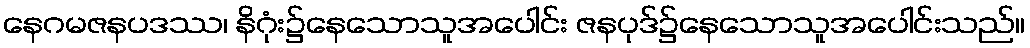
နေဂမဇနပဒဿ၊ နိဂုံး၌နေသောသူအပေါင်း ဇနပုဒ်၌နေသောသူအပေါင်းသည်။